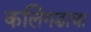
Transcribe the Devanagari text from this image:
कलिंगडाचा